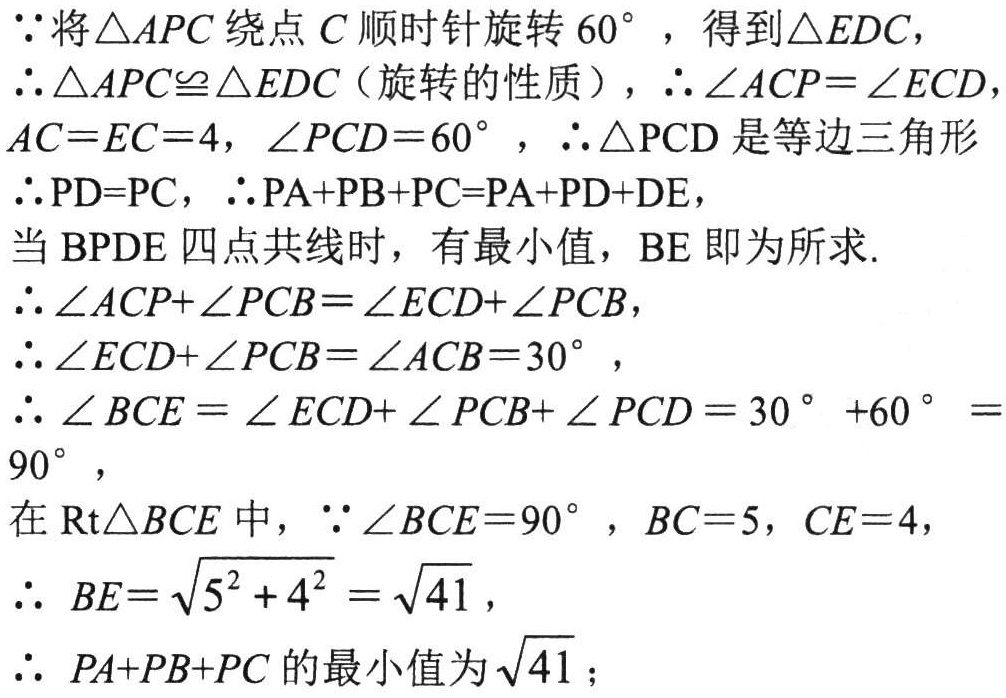
\(

\begin{align*}

&\because\text{将}\triangle APC\text{绕点}C\text{顺时针旋转}60^{\circ}，\text{得到}\triangle EDC，\\

&\therefore\triangle APC\cong\triangle EDC(\text{旋转的性质})，\therefore\angle ACP = \angle ECD,\\

&AC = EC = 4，\angle PCD = 60^{\circ}，\therefore\triangle PCD\text{是等边三角形}\\

&\therefore PD = PC，\therefore PA + PB + PC = PA + PD + DE，\\

&\text{当}BPDE\text{四点共线时，有最小值，}BE\text{即为所求}.\\

&\therefore\angle ACP+\angle PCB=\angle ECD+\angle PCB，\\

&\therefore\angle ECD+\angle PCB=\angle ACB = 30^{\circ}，\\

&\therefore\angle BCE=\angle ECD+\angle PCB+\angle PCD = 30^{\circ}+60^{\circ}=90^{\circ}，\\

&\text{在}\mathrm{Rt}\triangle BCE\text{中}，\because\angle BCE = 90^{\circ}，BC = 5，CE = 4，\\

&\therefore BE=\sqrt{5^{2}+4^{2}}=\sqrt{41}，\\

&\therefore PA + PB + PC\text{的最小值为}\sqrt{41}；

\end{align*}

\)